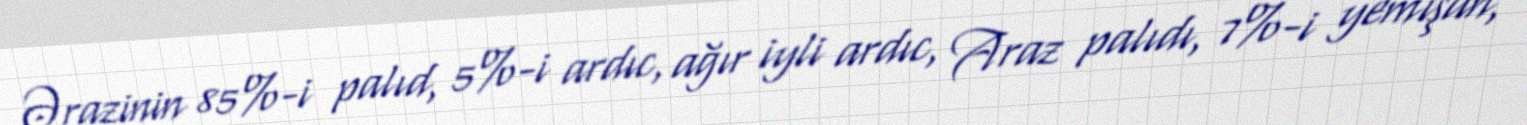
Ərazinin 85%-i palıd, 5%-i ardıc, ağır iyli ardıc, Araz palıdı, 7%-i yemişan,